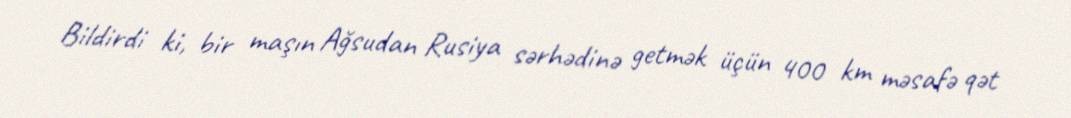
Bildirdi ki, bir maşın Ağsudan Rusiya sərhədinə getmək üçün 400 km məsafə qət